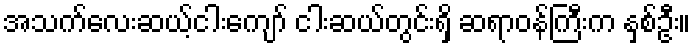
အသက်လေးဆယ့်ငါးကျော် ငါးဆယ်တွင်းရှိ ဆရာဝန်ကြီးက နှစ်ဦး။